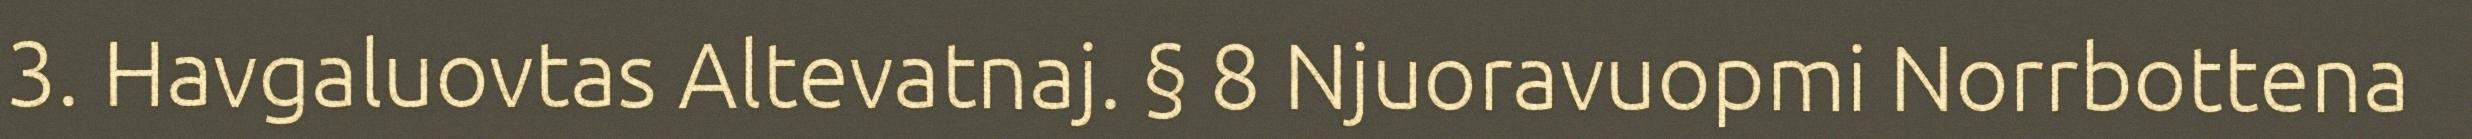
3. Havgaluovtas Altevatnaj. § 8 Njuoravuopmi Norrbottena